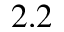
2 . 2